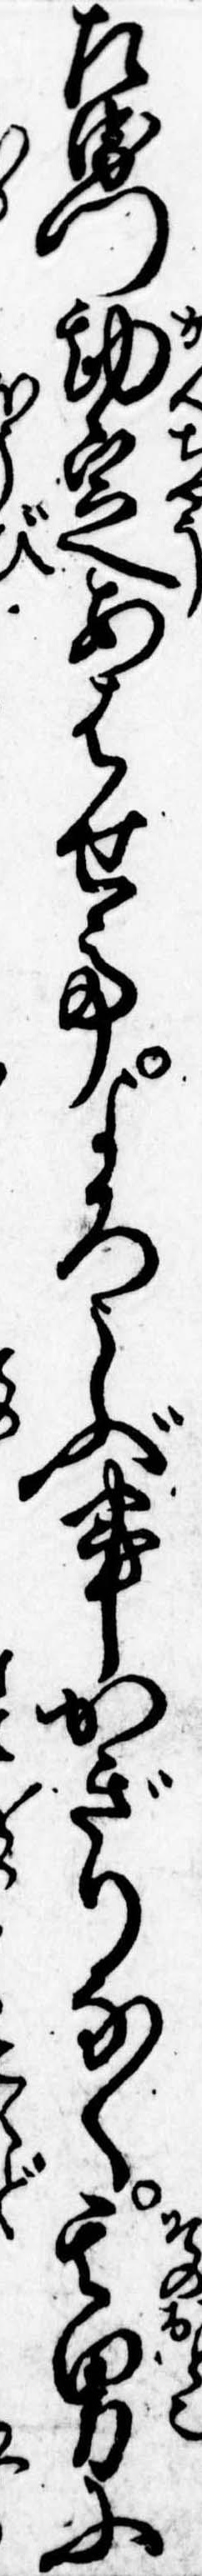
左衛門勘定あはせてよろこぶ事かぎりなく其男に